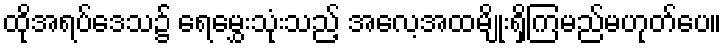
ထိုအရပ်ဒေသ၌ ရေမွှေးသုံးသည့် အလေ့အထမျိုးရှိကြမည်မဟုတ်ပေ။